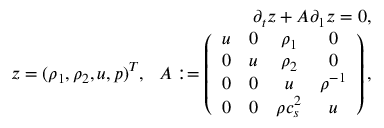
\begin{array} { r } { \partial _ { t } \* z + A \partial _ { 1 } \* z = 0 , } \\ { \* z = ( \rho _ { 1 } , \rho _ { 2 } , u , p ) ^ { T } , \ \ A : = \left( \begin{array} { c c c c } { u } & { 0 } & { \rho _ { 1 } } & { 0 } \\ { 0 } & { u } & { \rho _ { 2 } } & { 0 } \\ { 0 } & { 0 } & { u } & { \rho ^ { - 1 } } \\ { 0 } & { 0 } & { \rho c _ { s } ^ { 2 } } & { u } \end{array} \right) , } \end{array}